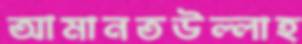
আমানতউল্লাহ